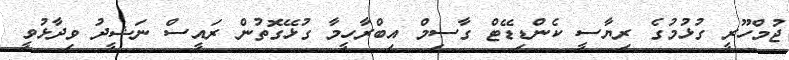
ޖުމްހޫރީ ގުޅުމުގެ ރިޔާސީ ކެންޑިޑޭޓް ގާސިމް އިބްރާހީމާ ގުޅޭގޮތުން ރައީސް ނަޝީދު ވިދާޅުވީ